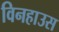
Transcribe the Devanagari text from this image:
विनहाउस